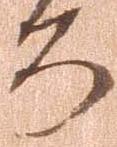
ろ